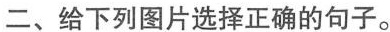
二、给下列图片选择正确的句子。